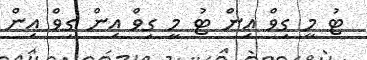
ޓު މީ ގިވް އިން ޓު މީ ގިވް އިން ގިވް އިން